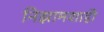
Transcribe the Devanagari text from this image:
निझामशाही